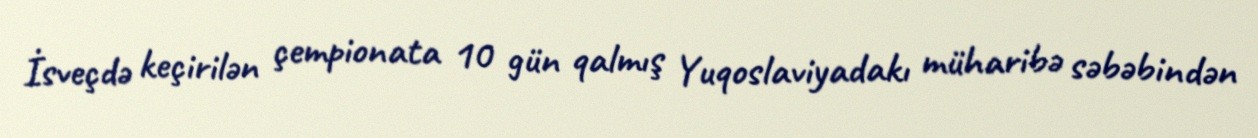
İsveçdə keçirilən çempionata 10 gün qalmış Yuqoslaviyadakı müharibə səbəbindən